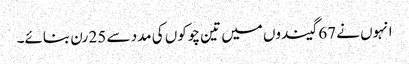
انہوں نے 67 گیندوں میں تین چوکوں کی مدد سے 25 رن بنائے۔